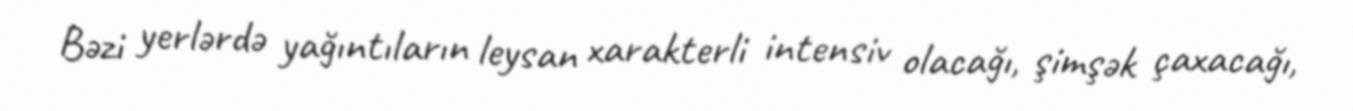
Bəzi yerlərdə yağıntıların leysan xarakterli intensiv olacağı, şimşək çaxacağı,